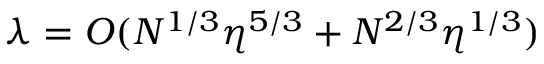
\lambda = { \cal O } ( N ^ { 1 / 3 } \eta ^ { 5 / 3 } + N ^ { 2 / 3 } \eta ^ { 1 / 3 } )